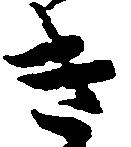
き